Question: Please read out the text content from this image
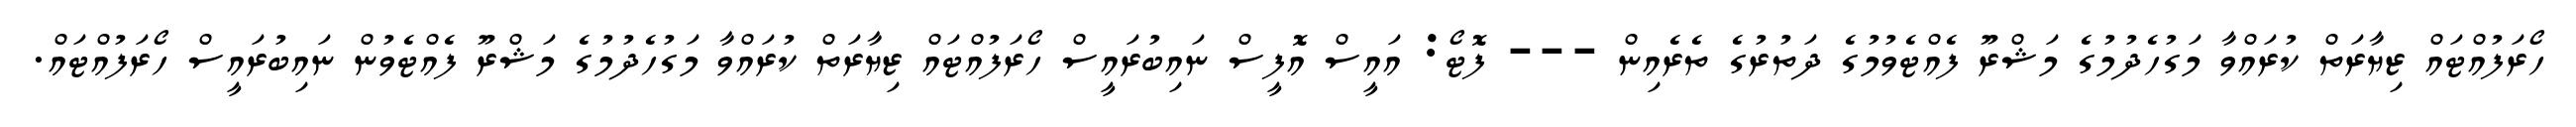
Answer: ހޯރަފުއްޓައް ޒިޔާރަތް ކުރައްވާ މަގުހެދުމުގެ މަޝްރޫ ފެއްޓެވުމުގެ ދަތުރުގެ ތެރެއިން --- ފޮޓޯ: އައީސް އޮފީސް ނައިބުރައީސް ހޯރަފުއްޓައް ޒިޔާރަތް ކުރައްވާ މަގުހެދުމުގެ މަޝްރޫ ފެއްޓެވުން ނައިބުރައީސް ހޯރަފުއްޓައް.